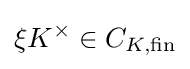
\xi K^{\times }\in C_{K,{\text{fin}}}